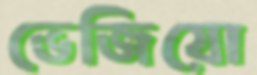
ভেজিয়ো